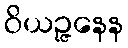
ဝိယဉ္ဇနေန